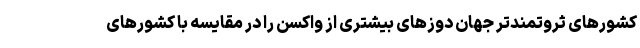
کشورهای ثروتمندتر جهان دوزهای بیشتری از واکسن را در مقایسه با کشورهای